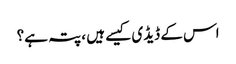
اس کے ڈیڈی کیسے ہیں ، پتہ ہے؟